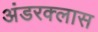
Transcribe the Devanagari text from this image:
अंडरक्लास